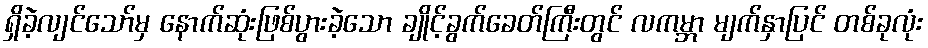
ရှိခဲ့လျင်သော်မှ နောက်ဆုံးဖြစ်ပွားခဲ့သော ချိုင့်ခွက်ခေတ်ကြီးတွင် လကမ္ဘာ မျက်နှာပြင် တစ်ခုလုံး